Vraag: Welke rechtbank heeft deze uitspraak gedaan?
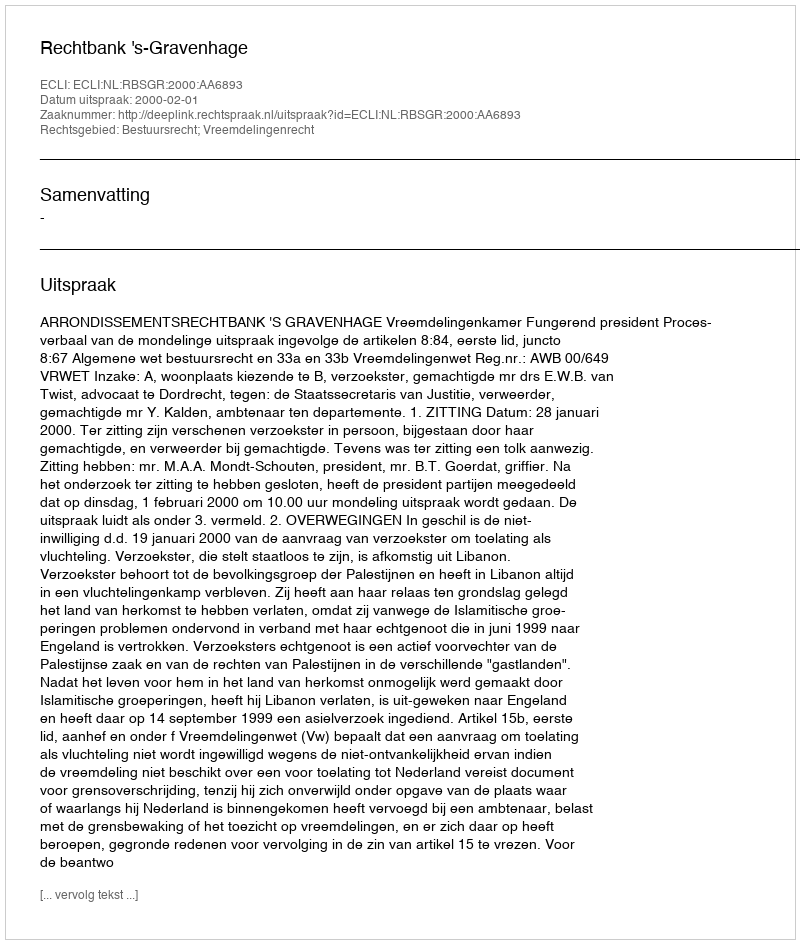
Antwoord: Rechtbank 's-Gravenhage